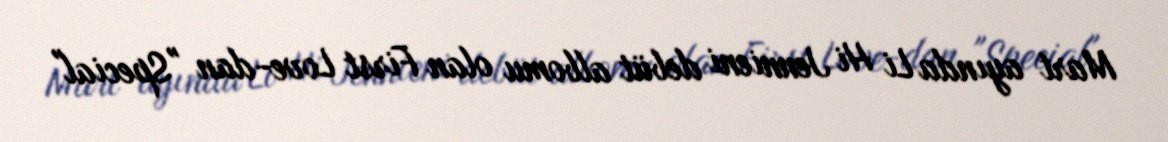
Mart ayında Li Hi Jennieni debüt albomu olan First Love-dan "Special"